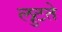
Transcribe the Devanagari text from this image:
लुटते